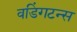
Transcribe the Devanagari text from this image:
वडिंगटन्स